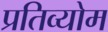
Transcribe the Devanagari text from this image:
प्रतिव्योम